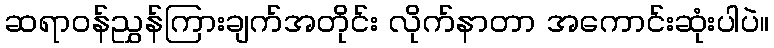
ဆရာဝန်ညွှန်ကြားချက်အတိုင်း လိုက်နာတာ အကောင်းဆုံးပါပဲ။